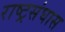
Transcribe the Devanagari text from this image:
राष्ट्रसंघास